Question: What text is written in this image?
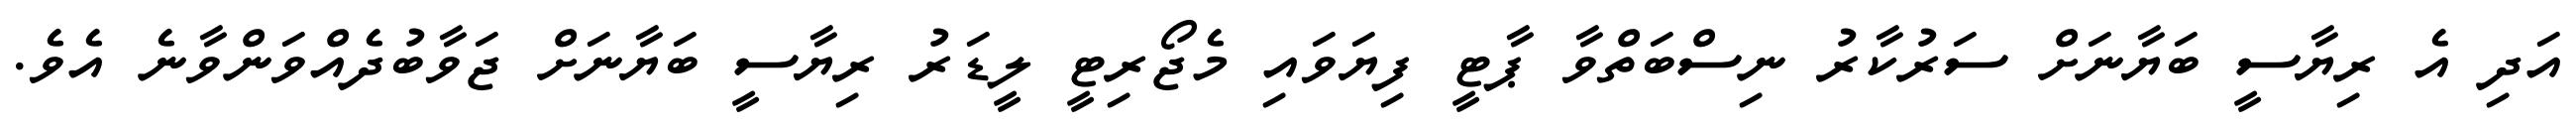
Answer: އަދި އެ ރިޔާސީ ބަޔާނަށް ސަރުކާރު ނިސްބަތްވާ ޕާޓީ ފިޔަވައި މެޖޯރިޓީ ލީޑަރު ރިޔާސީ ބަޔާނަށް ޖަވާބުދެއްވަންވާނެ އެވެ.